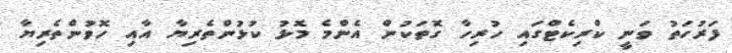
ފަރުހަތު ވަނީ ކްރިކެޓްގައި ހުރިހާ ގޮތަކުން އެންމެ މޮޅު ކުޅުންތެރިޔާ އާއި ހޮވުންތެރިޔާ